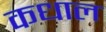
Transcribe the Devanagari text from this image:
कधाल